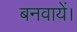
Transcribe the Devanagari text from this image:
बनवायें।